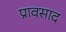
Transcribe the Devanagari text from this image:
प्रावसाद